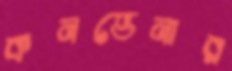
কনভেনার